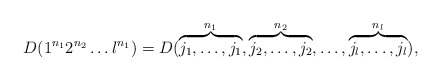
\begin{align*}D(1^{n_1} 2^{n_2} \ldots l^{n_1}) = D(\overbrace{j_1, \ldots, j_1}^{n_1}, \overbrace{j_2, \ldots, j_2}^{n_2}, \ldots, \overbrace{j_l, \ldots, j_l}^{n_l}),\end{align*}